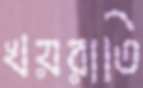
খয়রাতি